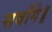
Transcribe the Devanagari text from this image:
सर्वांगे॥